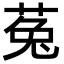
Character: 菟